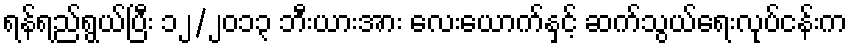
ရန်ရည်ရွယ်ပြီး ၁၂/၂၀၁၃ ဘီးယားအား လေးယောက်နှင့် ဆက်သွယ်ရေးလုပ်ငန်းက